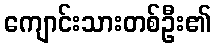
ကျောင်းသားတစ်ဦး၏